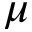
\mu